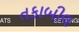
તકાબીલ